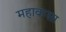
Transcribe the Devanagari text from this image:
महावंग्सा